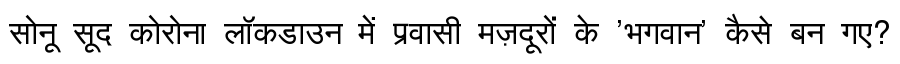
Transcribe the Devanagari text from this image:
सोनू सूद कोरोना लॉकडाउन में प्रवासी मज़दूरों के 'भगवान' कैसे बन गए?